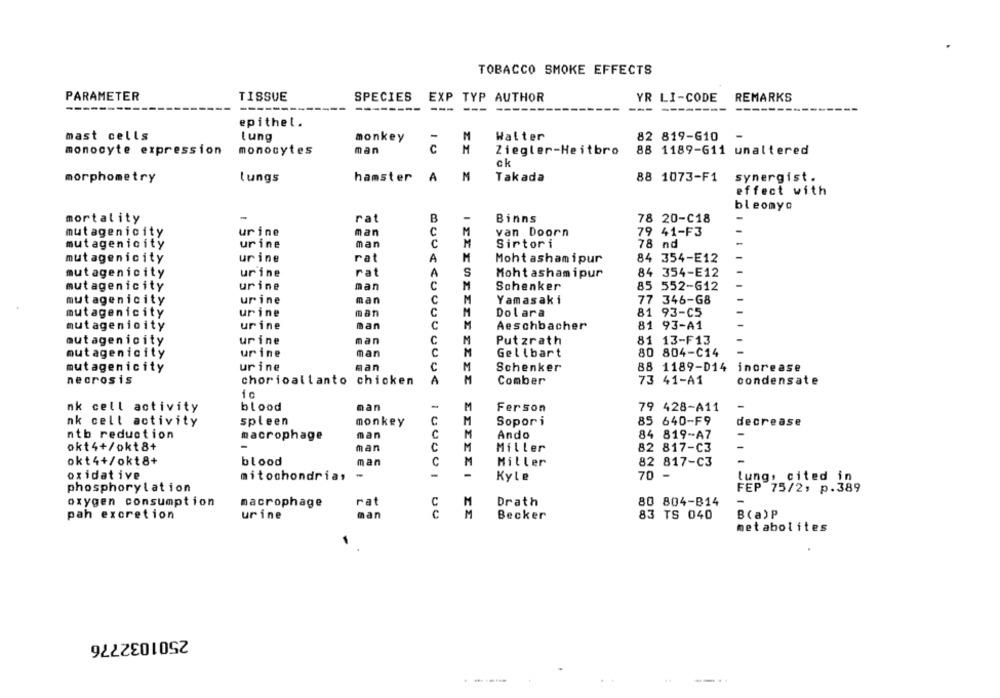
TOBACCO SMOKE EFFECTS
PARAMETER
TISSUE
SPECIES
EXP TYP AUTHOR
YR LI-CODE
REMARKS
------
---
---
-------
---
--------
--------
epithel.
mast cells
Lung
monkey
-
M
Walter
82 819-610
-
monocyte expression
monocytes
man
C
M
Ziegler-Heitbro
88 1189-611 unaltered
ck
morphometry
lungs
hamster
A
M
Takada
88 1073-F1
synergist.
effect with
bleomyc
-
B
mortality
rat
Binns
78 20-C18
mutagenicity
urine
man
van Doorn
79 41-F3
mutagenicity
urine
man
C
Sirtori
78 nd
urine
rat
84 354-E12
mutagenicity
A
Mohtashamipur
rat
A
mutagenicity
urine
Mohtashamipur
84 354-E12
urine
man
C
85 552-612
mutagenicity
Schenker
urine
man
C
Yamasaki
77 346-G8
mutagenicity
mutagenicity
urine
man
C
Dolara
81 93-C5
mutagenicity
urine
man
C
Aeschbacher
81 93-A1
mutagenicity
urine
man
C
Putzrath
81 13-F13
mutagenicity
urine
man
C
Gellbart
80 804-C14
mutagenicity
urine
man
C
Schenker
88 1189-D14 increase
necrosis
chorioallanto chicken
A
Comber
73 41-A1
condensate
ic
-
nk cell activity
blood
man
M
Ferson
79 428-A11
nk cell activity
spleen
monkey
C
M
Sopori
85 640-F9
decrease
C
M
ntb reduction
macrophage
man
Ando
84 819-A7
okt4+/okt8+
man
C
M
-
Miller
82 817-C3
okt4+/okt8+
M
blood
man
Miller
82 817-C3
oxidative
-
100001
-
-
mitochondria,
Kyle
70
lung, cited in
phosphorylation
FEP 75/2, p.389
oxygen consumption
macrophage
rat
M
Drath
80 804-B14
C
pah excretion
urine
man
M
Becker
83 TS 040
B(a)P
metabolites
2501032776